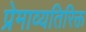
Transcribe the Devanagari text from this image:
प्रेमाव्यतिरिक्त